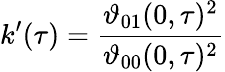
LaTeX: k^{\prime}(\tau)={\frac{\vartheta_{01}(0,\tau)^{2}}{\vartheta_{00}(0,\tau)^{2}}}